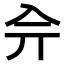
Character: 𠓡